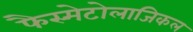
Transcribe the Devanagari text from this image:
फैस्मेटोलाजिकल